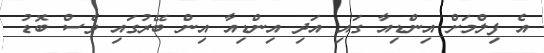
އެ ފިލްމަށް އިންޑިއާ ގައި އަދި އިންޑިއާ އިން ބޭރުގައި ވެސް ބޮޑު